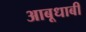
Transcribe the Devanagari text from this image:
आबूधाबी